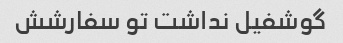
گوشفیل نداشت تو سفارشش